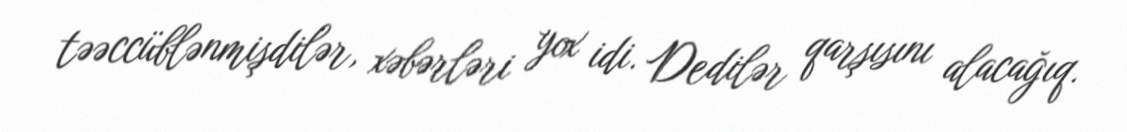
təəccüblənmişdilər, xəbərləri yox idi. Dedilər qarşısını alacağıq.